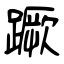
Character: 蹶